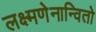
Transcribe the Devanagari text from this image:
लक्ष्मणेनान्वितो